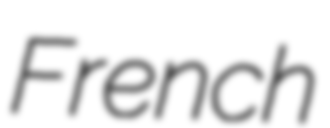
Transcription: French